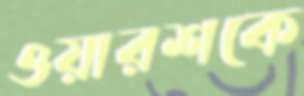
ওয়ারশকে